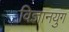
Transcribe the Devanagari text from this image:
विज्ञानयुग